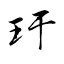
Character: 玗